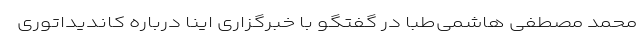
محمد مصطفی هاشمی‌طبا در گفتگو با خبرگزاری اینا درباره کاندیداتوری